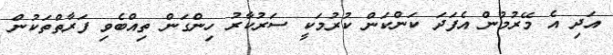
އަދި އެ މޭރުމުން އެފަދަ ކަންކަން ކުރުމަކީ ސަރުކާރު ހިންގަން ތިއްބެވި ފަރާތްތަކުން